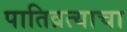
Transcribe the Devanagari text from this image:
पातिव्रत्याचा